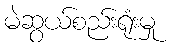
မဲဆွယ်စည်းရုံးမှု